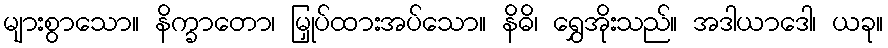
များစွာသော။ နိက္ခာတော၊ မြှုပ်ထားအပ်သော။ နိဓိ၊ ရွှေအိုးသည်။ အဒါယာဒေါ၊ ယခု။